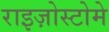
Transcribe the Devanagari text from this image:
राइज़ोस्टोमे